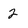
Character: 2